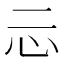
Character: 忈